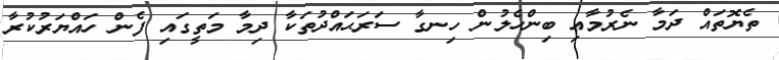
ތެޔޮތައް ދަމާ ނެރުމާއި ބިންހެލުން ހިނގާ ސަރަޙައްދުތަކާ ދިމާ މަތީގައި ފެން ހައްޔަރުކުރާ